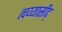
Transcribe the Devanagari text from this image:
त्वय्यासीद्